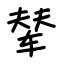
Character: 辇